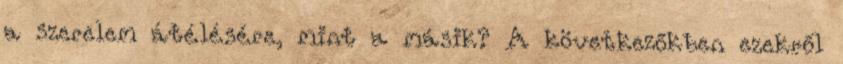
a szerelem átélésére, mint a másik? A következőkben ezekről